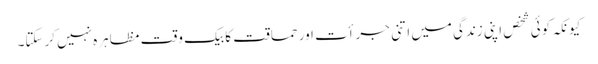
کیونکہ کوئی شخص اپنی زندگی میں اتنی جرأت اور حماقت کا بیک وقت مظاہرہ نہیں کرسکتا۔